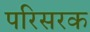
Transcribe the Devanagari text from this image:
परिसरक